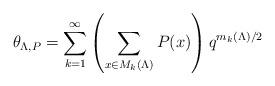
LaTeX: \begin{align*}\theta_{\Lambda, P} = \sum_{k=1}^\infty \left(\sum_{x\in M_k(\Lambda)} P(x) \right) q^{m_k(\Lambda)/2}\end{align*}